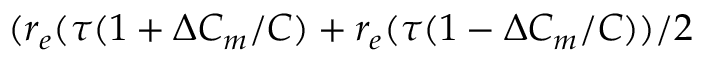
( r _ { e } ( \tau ( 1 + \Delta C _ { m } / C ) + r _ { e } ( \tau ( 1 - \Delta C _ { m } / C ) ) / 2